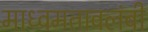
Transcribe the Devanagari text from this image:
माध्वमतावलंबी